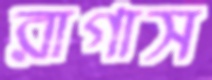
রাগাস